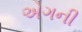
એગની